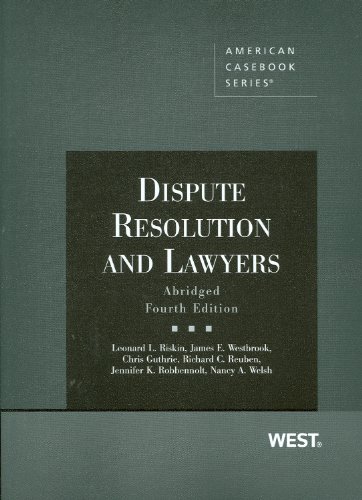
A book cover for Dispute Resolution and Lawyers, Abridged 4th Edition (American Casebook Series); Chris Guthrie; Law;